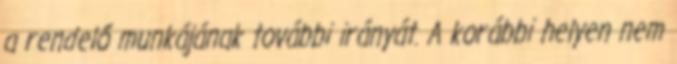
a rendelő munkájának további irányát. A korábbi helyen nem